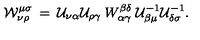
{ \cal W } _ { \nu \rho } ^ { \mu \sigma } \: = \: { \cal U } _ { \nu \alpha } { \cal U } _ { \rho \gamma } \: W _ { \alpha \gamma } ^ { \beta \delta } \: { \cal U } _ { \beta \mu } ^ { - 1 } { \cal U } _ { \delta \sigma } ^ { - 1 } .